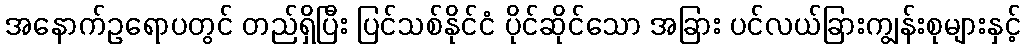
အနောက်ဥရောပတွင် တည်ရှိပြီး ပြင်သစ်နိုင်ငံ ပိုင်ဆိုင်သော အခြား ပင်လယ်ခြားကျွန်းစုများနှင့်